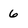
Character: 6